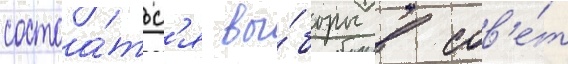
состоа́тьс'я вы́боры в сов'е́т